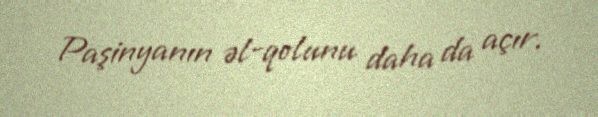
Paşinyanın əl-qolunu daha da açır.